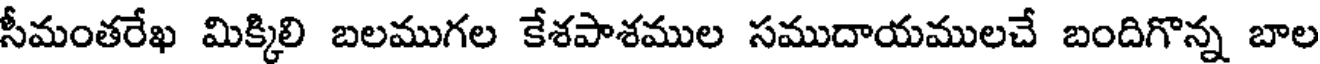
సీమంతరేఖ మిక్కిలి బలముగల కేశపాశముల సముదాయములచే బందిగొన్న బాల